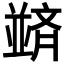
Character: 𫡀